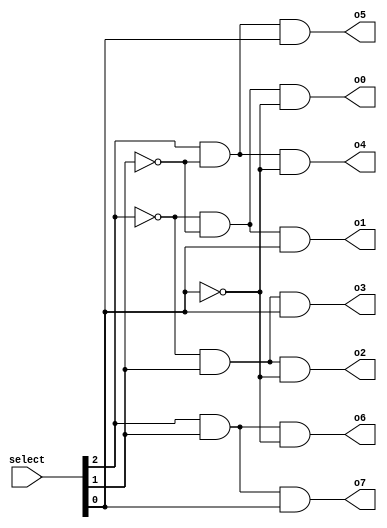
module decoder(select,o0,o1,o2,o3,o4,o5,o6,o7);
	input [2:0]select;
	output o0;
	output o1;
	output o2;
	output o3;
	output o4;
	output o5;
	output o6;
	output o7;
	
	assign o7 = select[2] && select[1] && select[0];
	assign o6 = select[2] && select[1] && ~select[0];
	assign o5 = select[2] && ~select[1] && select[0];
	assign o4 = select[2] && ~select[1] && ~select[0];
	assign o3 = ~select[2] && select[1] && select[0];
	assign o2 = ~select[2] && select[1] && ~select[0];
	assign o1 = ~select[2] && ~select[1] && select[0];
	assign o0 = ~select[2] && ~select[1] && ~select[0];

endmodule